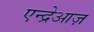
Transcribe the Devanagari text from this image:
एन्द्रेआज़